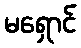
မရှောင်